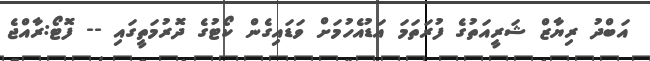
އަބްދު ރިޔާޒް ޝަރީއަތުގެ ފުރަތަމަ އަޑުއެހުމަށް ވަޑައިގެން ކޯޓުގެ ދޮރުމަތީގައި -- ފޮޓޯ:ރާއްޖެ